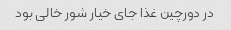
در دورچین غذا جای خیار شور خالی بود